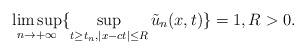
LaTeX: \begin{align*}\limsup_{n\rightarrow+\infty}\{\sup_{t\geq t_n, |x-ct|\leq R}\tilde{u}_n(x, t)\}=1, R>0.\end{align*}